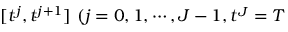
[ t ^ { j } , t ^ { j + 1 } ] \ ( j = 0 , 1 , \cdots , J - 1 , t ^ { J } = T